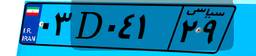
۰۳D۰۴۱۲۹